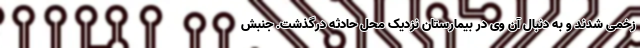
زخمی شدند و به دنبال آن وی در بیمارستان نزدیک محل حادثه درگذشت. جنبش